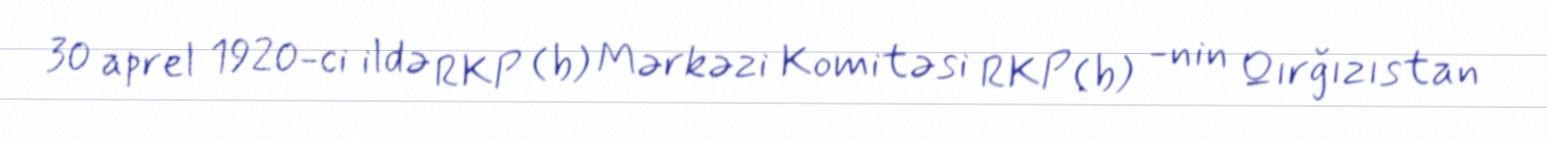
30 aprel 1920-ci ildə RKP (b) Mərkəzi Komitəsi RKP (b) -nin Qırğızıstan